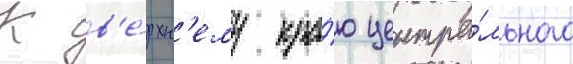
К в'е́рхн'ему кра́ю центра́льного